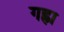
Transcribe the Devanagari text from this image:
गह्रा